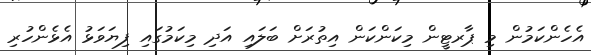
އެހެންކަމުން މި ޕާރޓީން މިކަންކަން އިތުރަށް ބަލައި އަދި މިކަމުގައި ފިޔަވަޅު އެޅެންހުރި